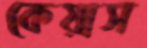
কেয়াস